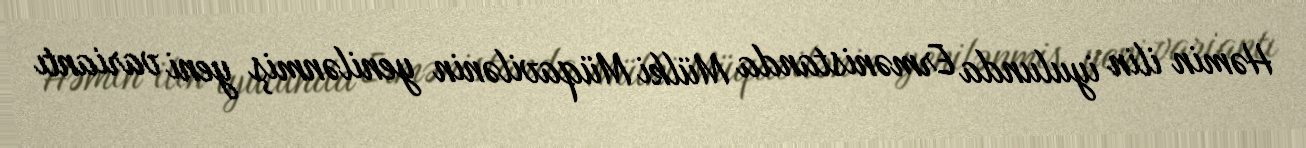
Həmin ilin iyulunda Ermənistanda Mülki Müqavilənin yenilənmiş yeni variantı